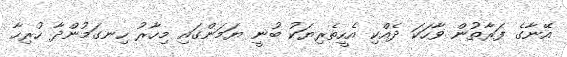
އޭނާގެ ފަރާތުން ވާހަކަ ދެއްކި އެހީތެރިޔަކު ބުނީ ޔަމަންގައި މިހާރު ހިނގަމުންދާ ހުރިހާ